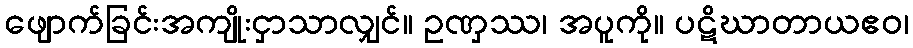
ဖျောက်ခြင်းအကျိုးငှာသာလျှင်။ ဥဏှဿ၊ အပူကို။ ပဋိဃာတာယဧဝ၊